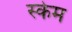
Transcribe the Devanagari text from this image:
स्केम